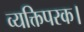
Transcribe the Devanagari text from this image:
व्यक्तिपरक।